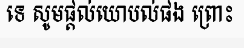
ទេ សូមផ្តល់យោបល់ផង ព្រោះ